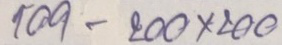
109 - 200 x 200